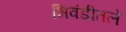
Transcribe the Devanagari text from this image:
भिवंडीतले